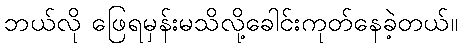
ဘယ်လို ဖြေရမှန်းမသိလို့ခေါင်းကုတ်နေခဲ့တယ်။